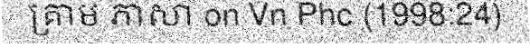
គ្រាម ភាសា on Vn Phc (1998:24)